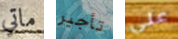
ماتي تأجير على